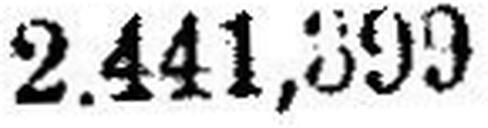
2.441,399